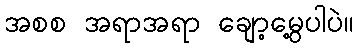
အစစ အရာအရာ ချော့မွေ့ပါပဲ။